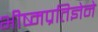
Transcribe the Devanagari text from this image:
भीष्मप्रतिज्ञेने